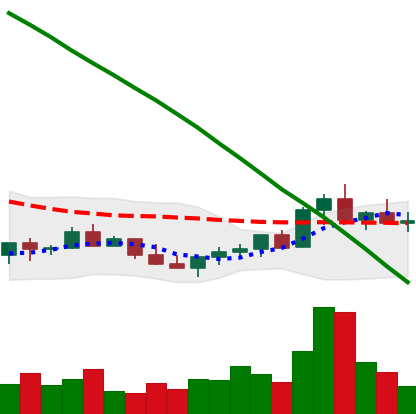
Ticker: LINK-USD
Chart end date: 2022-07-23
Forward return: 5.277%
Label: up_5_7